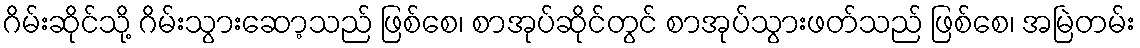
ဂိမ်းဆိုင်သို့ ဂိမ်းသွားဆော့သည် ဖြစ်စေ၊ စာအုပ်ဆိုင်တွင် စာအုပ်သွားဖတ်သည် ဖြစ်စေ၊ အမြဲတမ်း